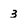
Character: 3